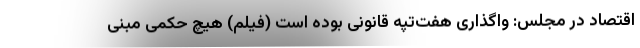
اقتصاد در مجلس: واگذاری هفت‌تپه قانونی بوده است (فیلم) هیچ حکمی مبنی